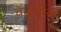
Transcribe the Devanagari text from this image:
चॅटर्लीज